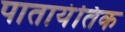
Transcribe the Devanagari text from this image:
पातायंतिक